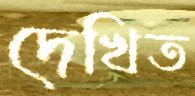
দেখিত